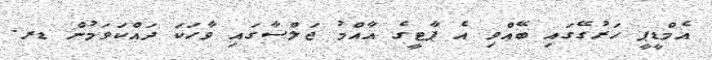
އެމްޑީޕީ ހަރުގޭގައި ބޭއްވި އެ ޕާޓީގެ އާއްމު ޖަލްސާގައި ވާހަކަ ދައްކަވަމުން ޑރ.